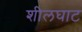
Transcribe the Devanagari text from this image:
शीलघाट